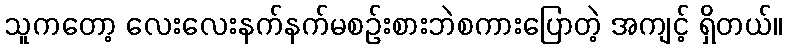
သူကတော့ လေးလေးနက်နက်မစဉ်းစားဘဲစကားပြောတဲ့ အကျင့် ရှိတယ်။